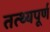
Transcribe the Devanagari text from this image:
तत्थ्यपूर्ण